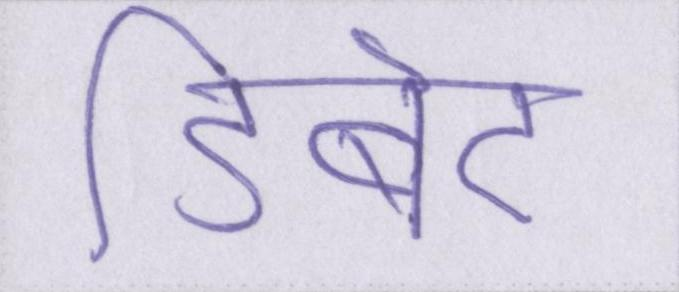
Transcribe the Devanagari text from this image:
डिबेट